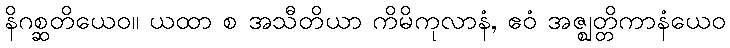
နိဂစ္ဆတိယေဝ။ ယထာ စ အသီတိယာ ကိမိကုလာနံ, ဧဝံ အဇ္ဈတ္တိကာနံယေဝ